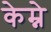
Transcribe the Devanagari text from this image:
केम्ने